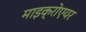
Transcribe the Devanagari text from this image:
माइक्रोएयर